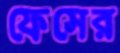
ফেসের